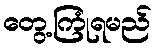
တွေ့ကြုံရမည်